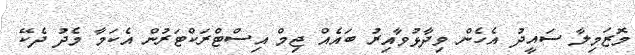
މޮޒަމިލާ ސައީދު އެހެން ވިދާޅުވާއިރު ބައެއް ޖިމް އިސްޓްރަކްޓަރުން އެކަމާ މެދު ދެކޭ